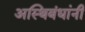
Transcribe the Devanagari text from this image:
अस्थिबंधांनी